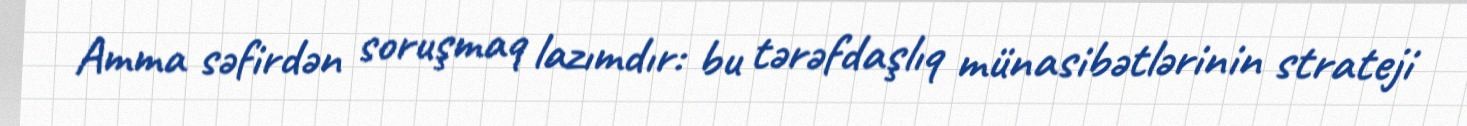
Amma səfirdən soruşmaq lazımdır: bu tərəfdaşlıq münasibətlərinin strateji